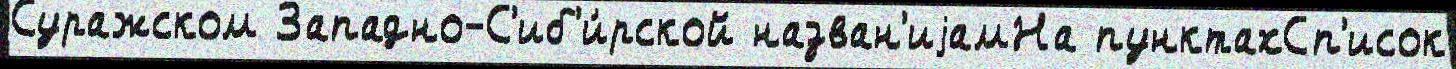
Суражском Западно-С'иб'и́рской назван'иjамНа пунктахСп'исок